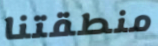
منطقتنا